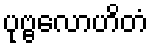
ပုဗ္ဗလောဟိတံ